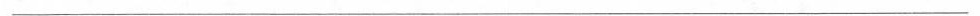
___